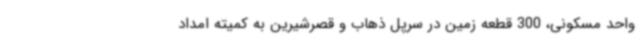
واحد مسکونی، 300 قطعه زمین در سرپل ذهاب و قصرشیرین به کمیته امداد